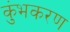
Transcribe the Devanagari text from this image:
कुंभकरण